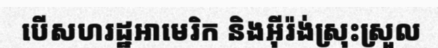
បើសហរដ្ឋអាមេរិក និងអ៊ីរ៉ង់ស្រុះស្រួល